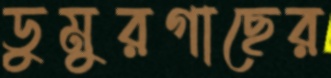
ডুমুরগাছের